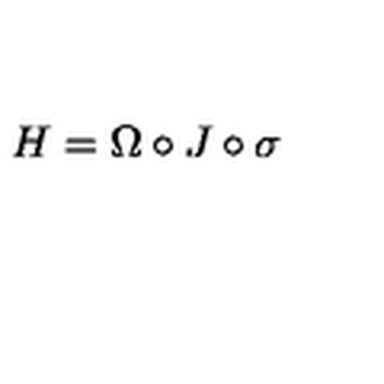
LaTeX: H = \Omega \circ J \circ \sigma